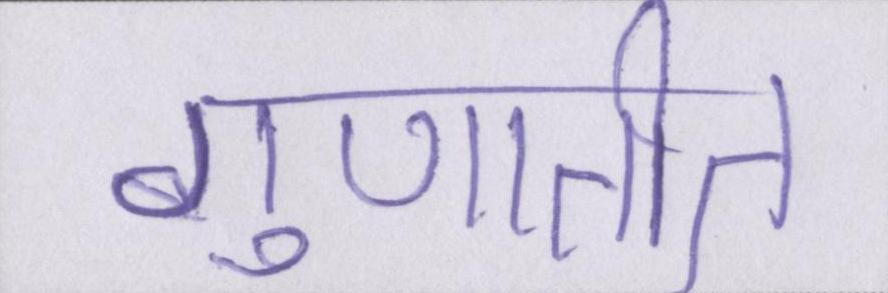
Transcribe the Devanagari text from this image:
गुणातीत